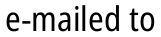
e-mailed to